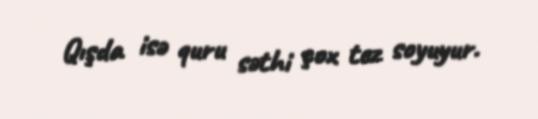
Qışda isə quru səthi çox tez soyuyur.